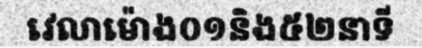
វេលាម៉ោង០១និង៥២នាទី